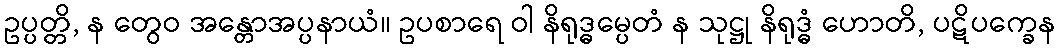
ဥပ္ပတ္တိ, န တွေဝ အန္တောအပ္ပနာယံ။ ဥပစာရေ ဝါ နိရုဒ္ဓမ္ပေတံ န သုဋ္ဌု နိရုဒ္ဓံ ဟောတိ, ပဋိပက္ခေန